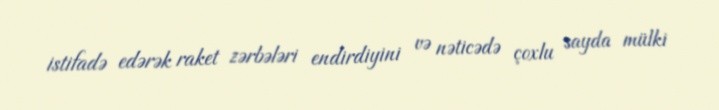
istifadə edərək raket zərbələri endirdiyini və nəticədə çoxlu sayda mülki